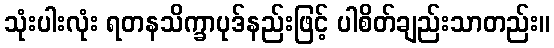
သုံးပါးလုံး ရတနသိက္ခာပုဒ်နည်းဖြင့် ပါစိတ်ချည်းသာတည်း။